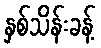
နှစ်သိန်းခန့်